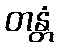
တန္တံ